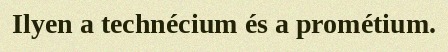
Ilyen a technécium és a prométium.